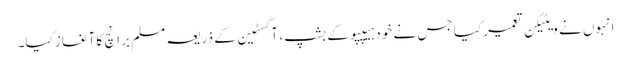
انہوں نے ویٹیکن تعمیر کیا جس نے خود ہیپپو کے بشپ ، آگسٹین کے ذریعہ مسلم برانچ کا آغاز کیا۔